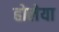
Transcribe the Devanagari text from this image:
होलेया